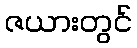
ဇယားတွင်